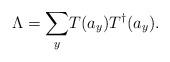
LaTeX: \begin{align*}\Lambda =\underset{y}{\sum }T(a_{y})T^{\dagger }(a_{y}).\end{align*}